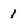
Character: 1